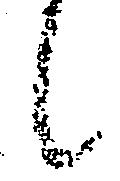
候